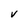
Character: V